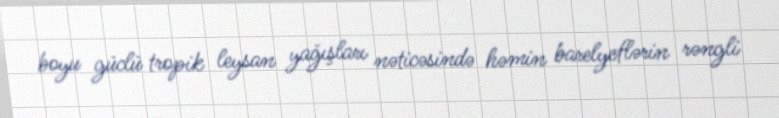
boyu güclü tropik leysan yağışları nəticəsində həmin barelyeflərin rəngli